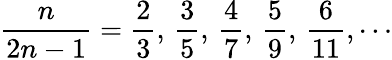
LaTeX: {\frac{n}{2n-1}}={\frac{2}{3}},\, {\frac{3}{5}},\, {\frac{4}{7}},\, {\frac{5}{9}},\, {\frac{6}{11}},\cdots